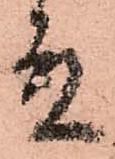
殿